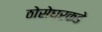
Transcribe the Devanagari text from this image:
ठोसेघरकडे